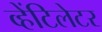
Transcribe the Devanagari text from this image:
व्हेंटिलेटर